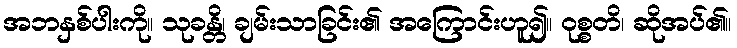
အဘနှစ်ပါးကို။ သုခန္တိ၊ ချမ်းသာခြင်း၏ အကြောင်းဟူ၍။ ဝုစ္စတိ၊ ဆိုအပ်၏။